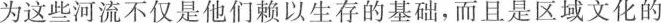
为这些河流不仅是他们赖以生存的基础，而且是区域文化的